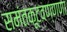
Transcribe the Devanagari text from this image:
समंतकूटवण्णणा